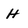
Character: h